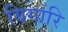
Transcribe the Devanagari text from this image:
बिगारि